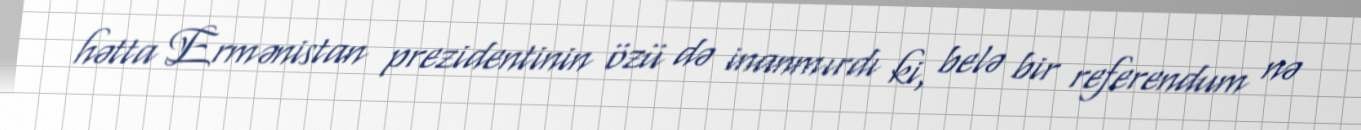
hətta Ermənistan prezidentinin özü də inanmırdı ki, belə bir referendum nə